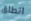
انطلق